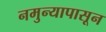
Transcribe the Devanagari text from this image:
नमुन्यापासून